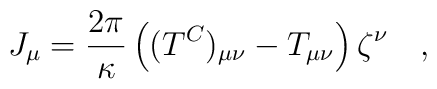
J_\mu={2\pi \over \kappa} \left((T^C)_{\mu\nu}-T_{\mu\nu}\right)\zeta^\nu~~~,